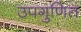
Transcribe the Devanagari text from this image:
उपगुणित